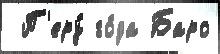
 П'еру́ го́да Баро